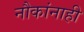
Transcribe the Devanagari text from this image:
नौकांनाही